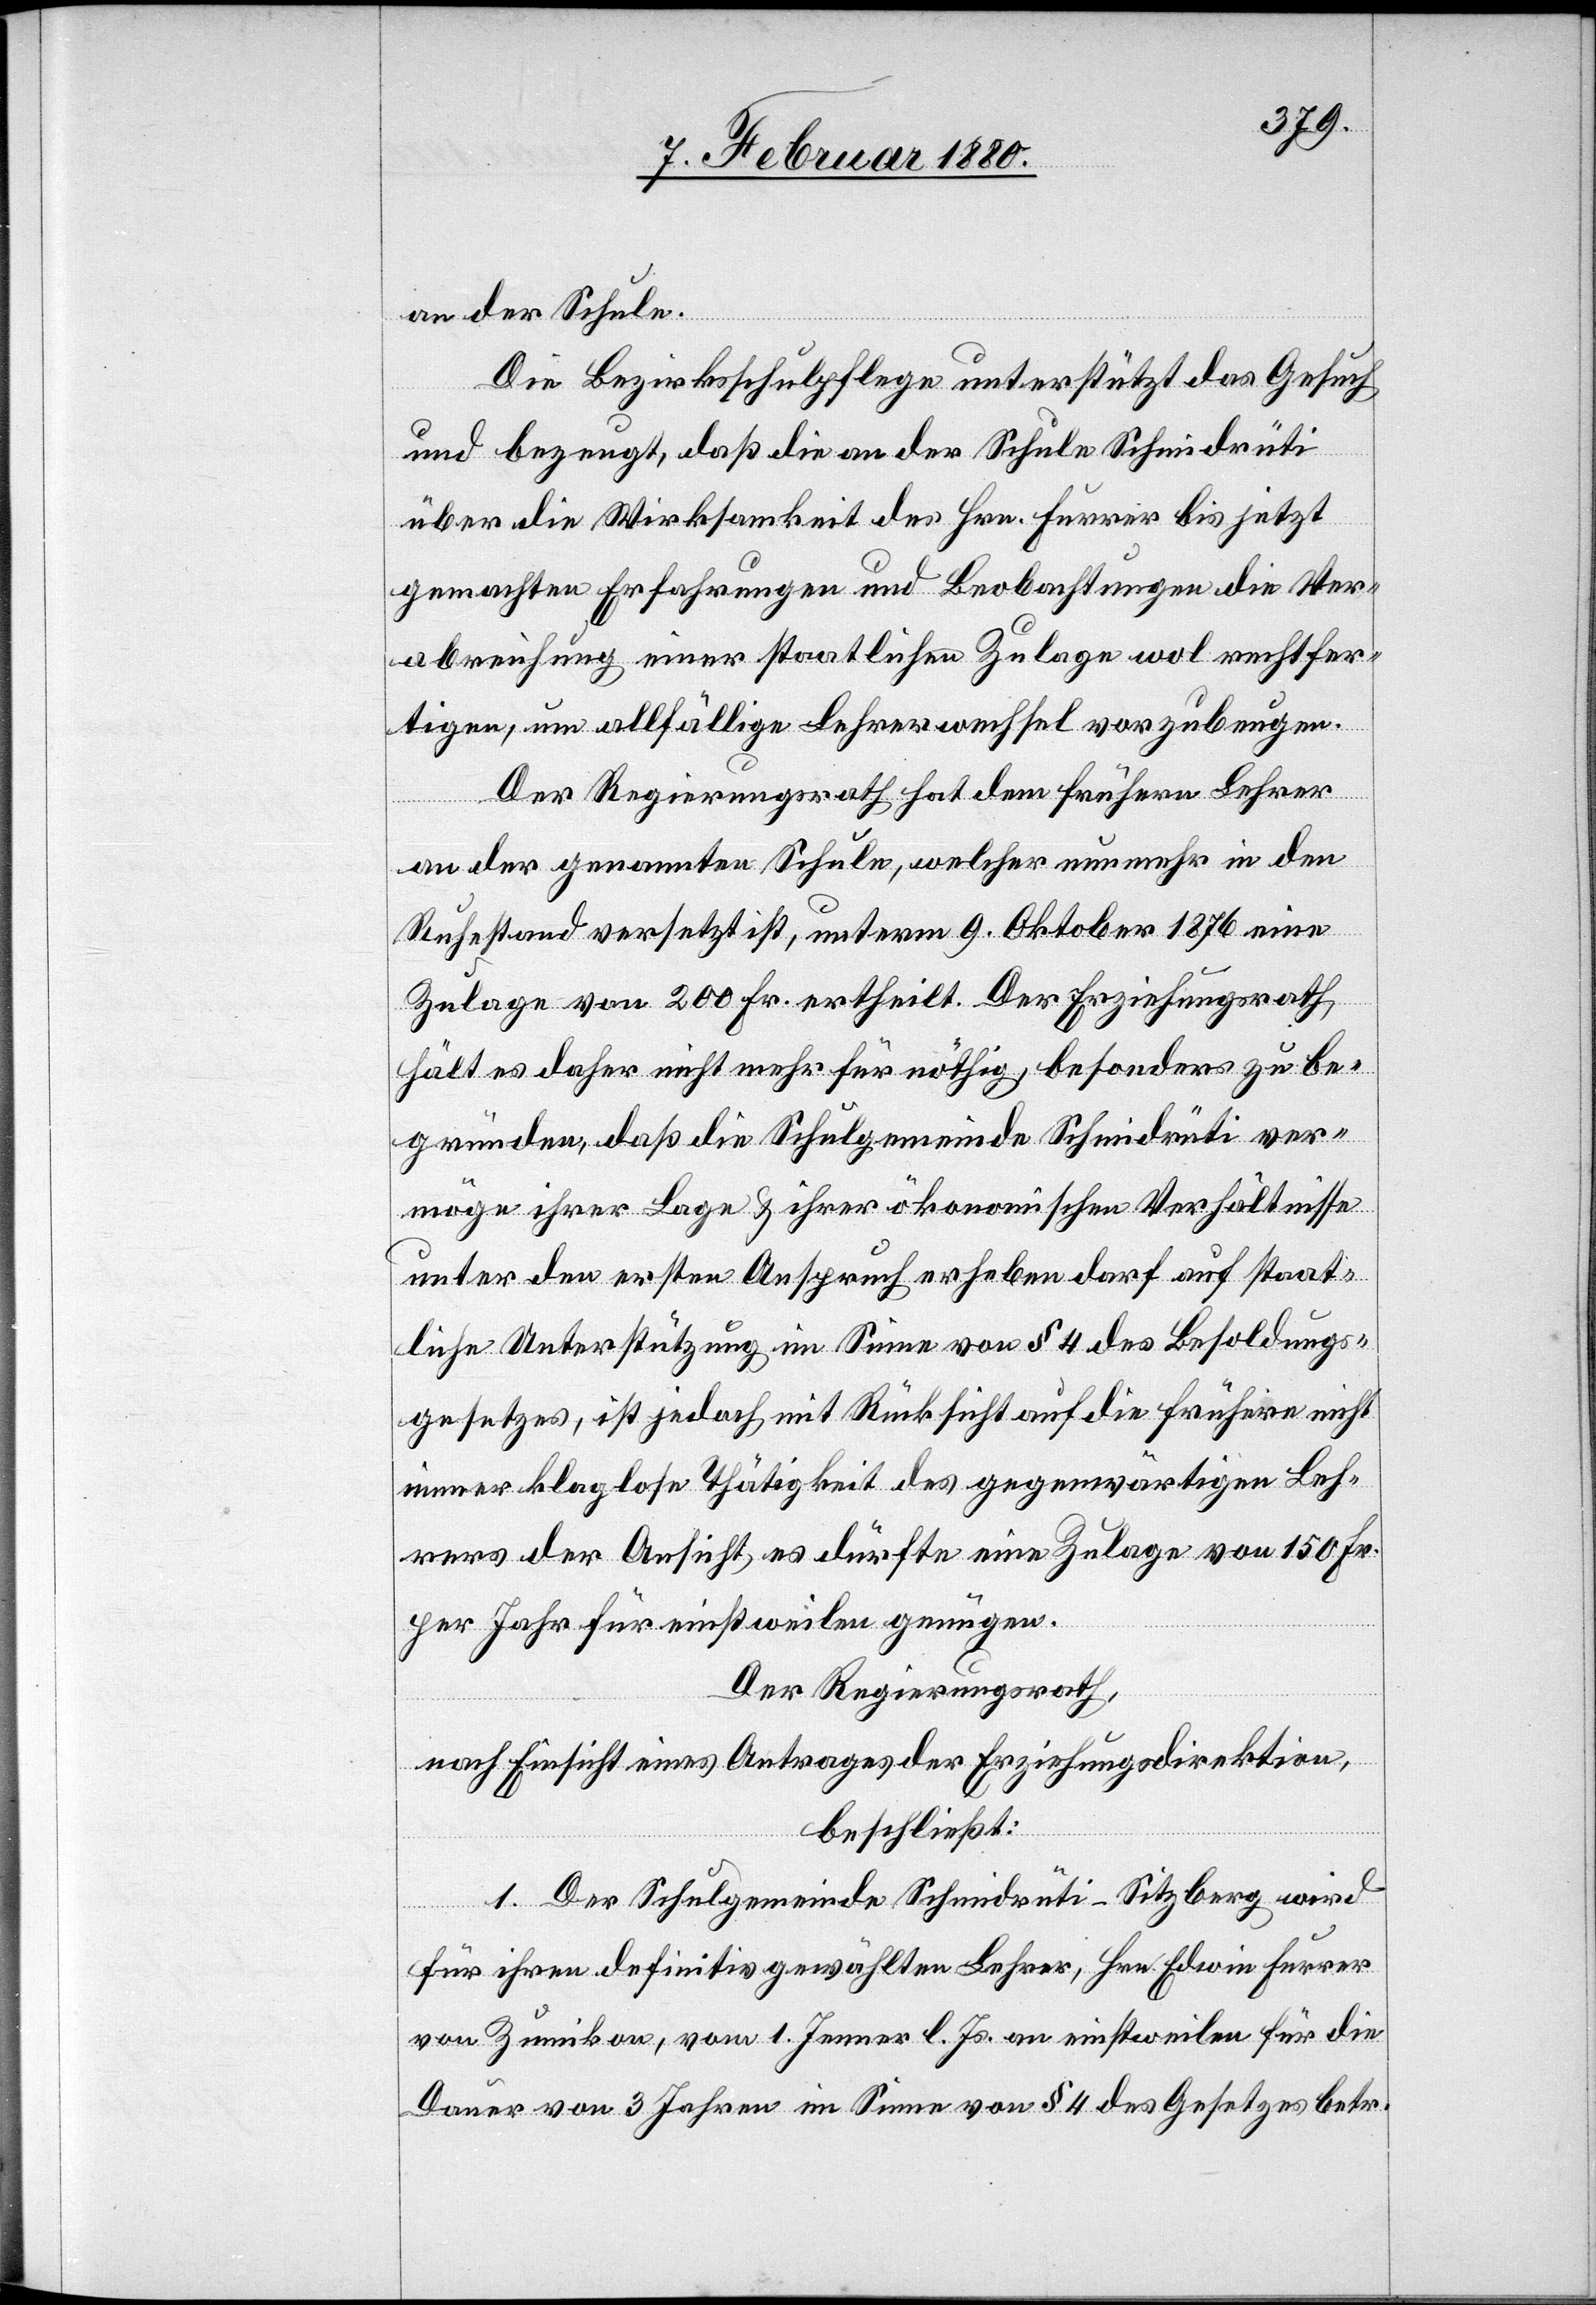
an der Schule.
Die Bezirksschulpflege unterstützt das Gesuch
und bezeugt, daß die an der Schule Schmidrüti
über die Wirksamkeit des Hrn. Furrer bis jetzt
gemachten Erfahrungen und Beobachtungen die Ver¬
abreichung einer staatlichen Zulage wol rechtfer¬
tigen, um allfällige Lehrerwechsel vorzubeugen.
Der Regierungsrath hat dem frühern Lehrer
an der genannten Schule, welcher nunmehr in den
Ruhestand versetzt ist, unterm 9. Oktober 1876 eine
Zulage von 200 Fr. ertheilt. Der Erziehungsrath
hält es daher nicht mehr für nöthig, besonders zu be¬
gründen, daß die Schulgemeinde Schmidrüti ver¬
möge ihrer Lage & ihrer ökonomischen Verhältnisse
unter den ersten Anspruch erheben darf auf staat¬
liche Unterstützung im Sinne von § 4 des Besoldungs¬
gesetzes, ist jedoch mit Rücksicht auf die frühern nicht
immer klaglose Thätigkeit des gegenwärtigen Leh¬
rers der Ansicht, es dürfte eine Zulage von 150 Fr.
per Jahr für einstweilen genügen.
Der Regierungsrath,
nach Einsicht eines Antrages der Erziehungsdirektion,
beschließt:
1. Der Schulgemeinde Schmidrüti - Sitzberg wird
für ihren definitiv gewählten Lehrer, Hrn. Edwin Furrer
von Zumikon, vom 1. Jenner l. Js. an einstweilen für die
Dauer von 3 Jahren im Sinne von § 4 des Gesetzes betr.